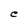
Character: e